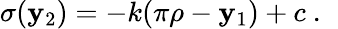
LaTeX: \sigma(\mathbf{y}_{2})=-k(\pi\rho-\mathbf{y}_{1})+c~.~\,